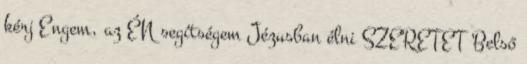
kérj Engem, az ÉN segítségem Jézusban élni SZERETET Belső